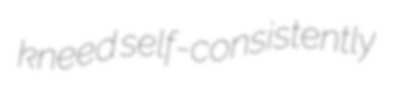
kneed self-consistently